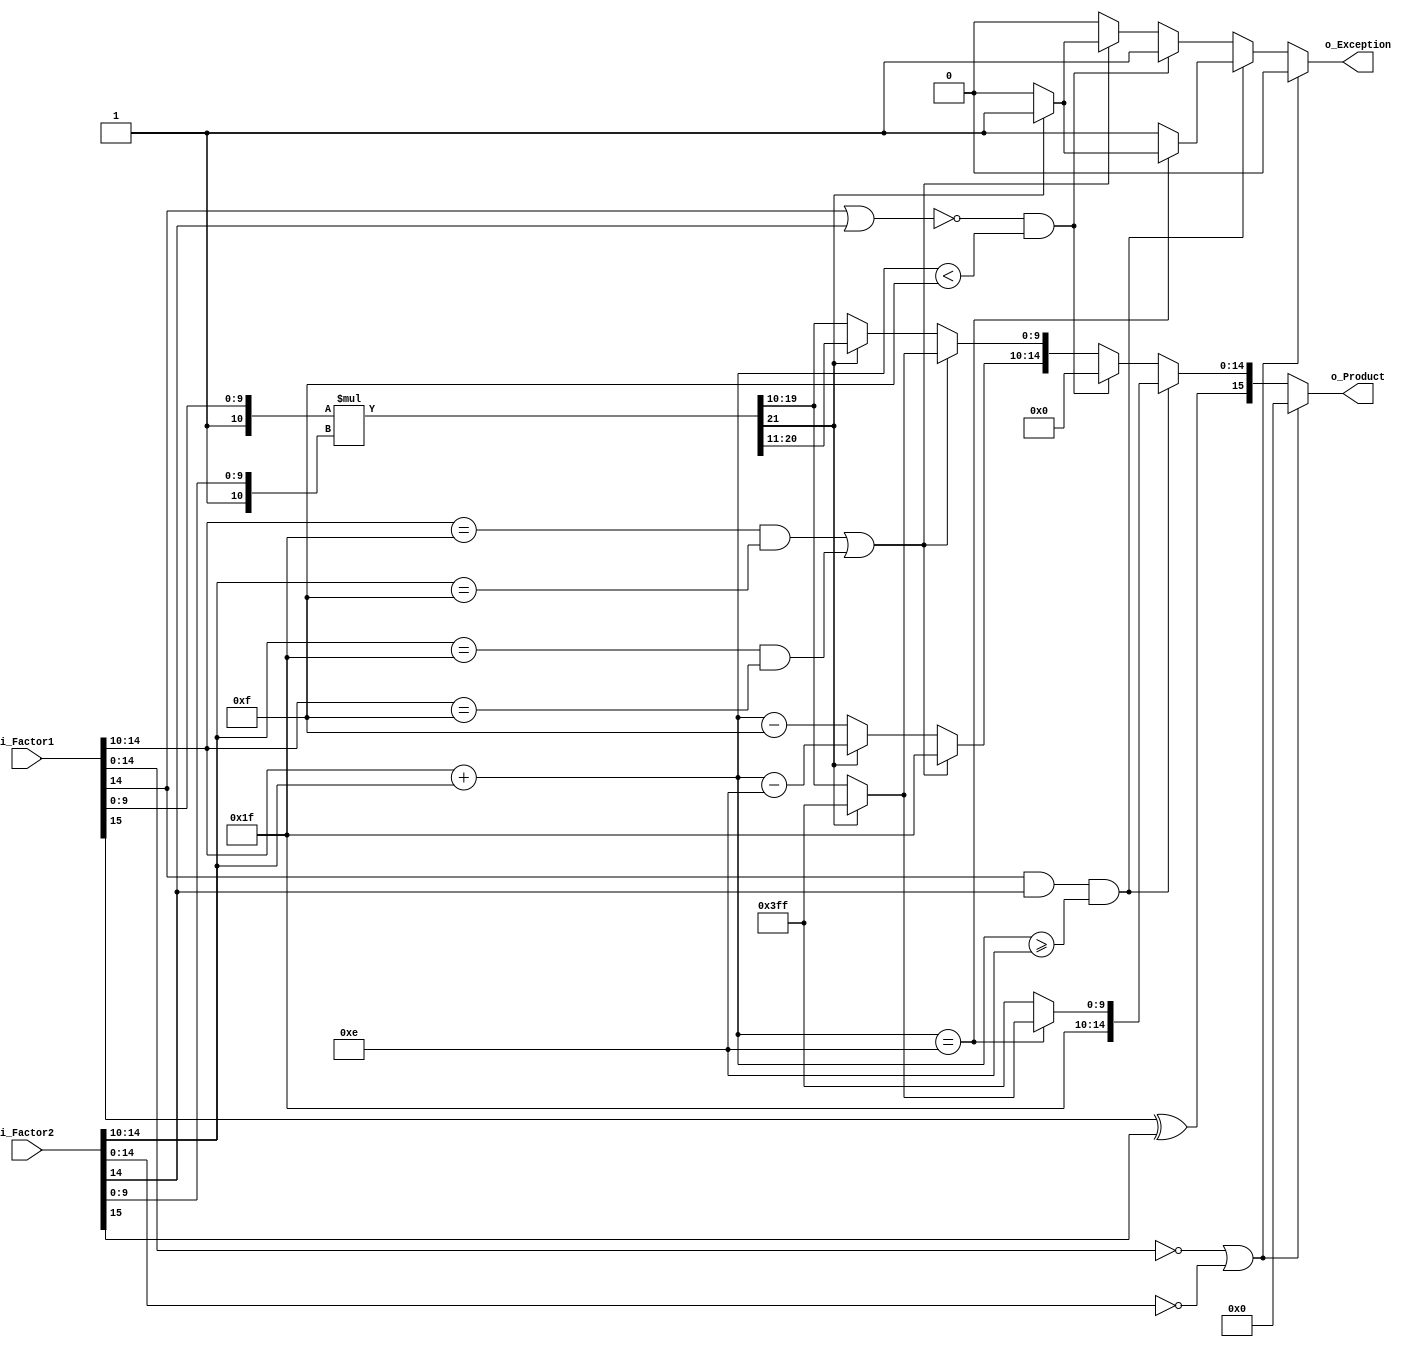
module multhalfprecision(
output reg [15:0]	o_Product,	//Output of the mult
output reg 			o_Exception,
input wire [15:0]   i_Factor1,	//Input Factor 1
input wire [15:0]   i_Factor2	//Input Factor 2
);
/*	initial
	begin
		$dumpfile ("signals_multiplier.vcd");
		$dumpvars;
	end
*/
//------------Internal Variables--------
wire[21:0]	w_Mantissa_Product;
wire[4:0]	w_Sum_Exps;
wire		w_AND_MSB_Exps;
wire 		w_NOR_MSB_Exps;

//Assignments:
	assign w_Mantissa_Product[21:0] = {1'b1,i_Factor1[9:0]}*{1'b1,i_Factor2[9:0]};
	assign w_Sum_Exps[4:0] = i_Factor1[14:10] + i_Factor2[14:10];
	assign w_AND_MSB_Exps = i_Factor1[14] && i_Factor2[14];
	assign w_NOR_MSB_Exps = ~(i_Factor1[14] ||  i_Factor2[14]);

//Code Starts Here
	always @(*) begin
		if (i_Factor1[14:0] == 15'b0 || i_Factor2[14:0] == 15'b0) begin //Special case, some is zero.
		o_Product[15:0] = 16'b0;
		o_Exception = 1'b0;
		end
		else if ( (w_AND_MSB_Exps == 1'b1 && w_Sum_Exps[4:0] >= 5'd14 )) begin //Positive exponents, no more than 14 the sum, else overflow.
		o_Product[15] = i_Factor1[15] ^ i_Factor2[15];
			if(w_Sum_Exps[4:0] == 5'd14) begin//Sum of exponets equal zero, depends of the result mantissa overflow or not.
			o_Product[14:0] = (w_Mantissa_Product[21]) ? 15'b111111111111111 : {5'b11111,w_Mantissa_Product[19:10]};
			o_Exception = (w_Mantissa_Product[21]) ? 1'b1 : 1'b0;
			end
			else begin
			o_Product[14:0] = 15'b111111111111111;
			o_Exception = 1'b1;
			end
		end
		else if((w_NOR_MSB_Exps == 1'b1) && (w_Sum_Exps[4:0] < 5'd15)) begin //Negative exponents, no less than 15 the sum, else underflow.
		o_Product[15] = i_Factor1[15] ^ i_Factor2[15];
		o_Product[14:0] = 15'd0;
		o_Exception = 1'b1;
		end
		else begin //General case.
		o_Product[15] = i_Factor1[15] ^ i_Factor2[15];
			if ( (i_Factor1[14:10] == 5'b11111 && i_Factor2[14:10]==5'b01111) || (i_Factor2[14:10]==5'b11111 && i_Factor1[14:10] == 5'b01111) ) begin
				o_Product[14:0] = (w_Mantissa_Product[21]) ? 15'b111111111111111 : {5'b11111,w_Mantissa_Product[19:10]};
				o_Exception = (w_Mantissa_Product[21]) ? 1'b1 : 1'b0;
				end
			else begin
				o_Product[14:10] = (w_Mantissa_Product[21]) ? i_Factor1[14:10] + i_Factor2[14:10] - 5'd14 : i_Factor1[14:10] + i_Factor2[14:10] - 5'd15; // E_1 - 15 + E_2 - 15 + 1 + 15
				o_Product[9:0]   = (w_Mantissa_Product[21]) ? w_Mantissa_Product[20:11] : w_Mantissa_Product[19:10];
				o_Exception = 1'b0;
			end
		end
	end
endmodule